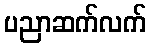
ပညာဆက်လက်